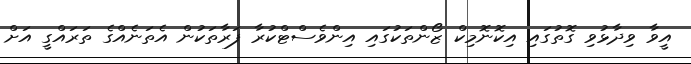
އީވާ ވިދާޅުވި ގޮތުގައި އިކޮނޮމިކް ޒޯންތަކުގައި އިންވެސްޓްކުރާ ފަރާތަކުން އެތަނެއްގެ ތަރައްގީ އަށް